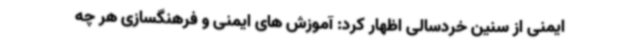
ایمنی از سنین خردسالی اظهار کرد: آموزش های ایمنی و فرهنگسازی هر چه